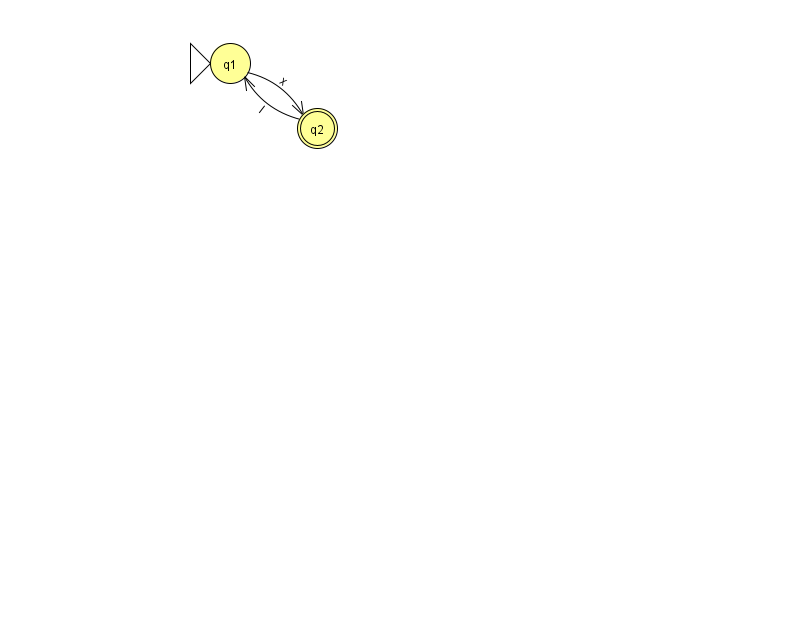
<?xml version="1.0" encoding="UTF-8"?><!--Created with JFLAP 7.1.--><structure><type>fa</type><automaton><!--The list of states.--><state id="1" name="q1"><x>230.0</x><y>50.0</y><initial/></state><state id="2" name="q2"><x>317.0</x><y>115.0</y><final/></state><!--The list of transitions.--><transition><from>2</from><to>1</to><read>I</read></transition><transition><from>1</from><to>2</to><read>x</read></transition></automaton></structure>